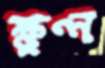
ক্ষুণ্ন